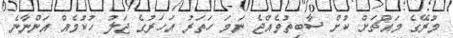
މުރޭގެ މައްޗަށް ކުށް ސާބިތުވެއްޖެ ނަމަ ހަތަރު އަހަރުގެ ޖަލު ހުކުމެއް އަންނާނެ